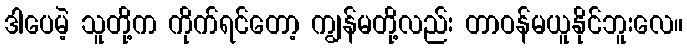
ဒါပေမဲ့ သူတို့က ကိုက်ရင်တော့ ကျွန်မတို့လည်း တာဝန်မယူနိုင်ဘူးလေ။